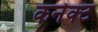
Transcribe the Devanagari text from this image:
कनेक्‍ट